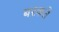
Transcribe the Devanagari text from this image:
बरकते